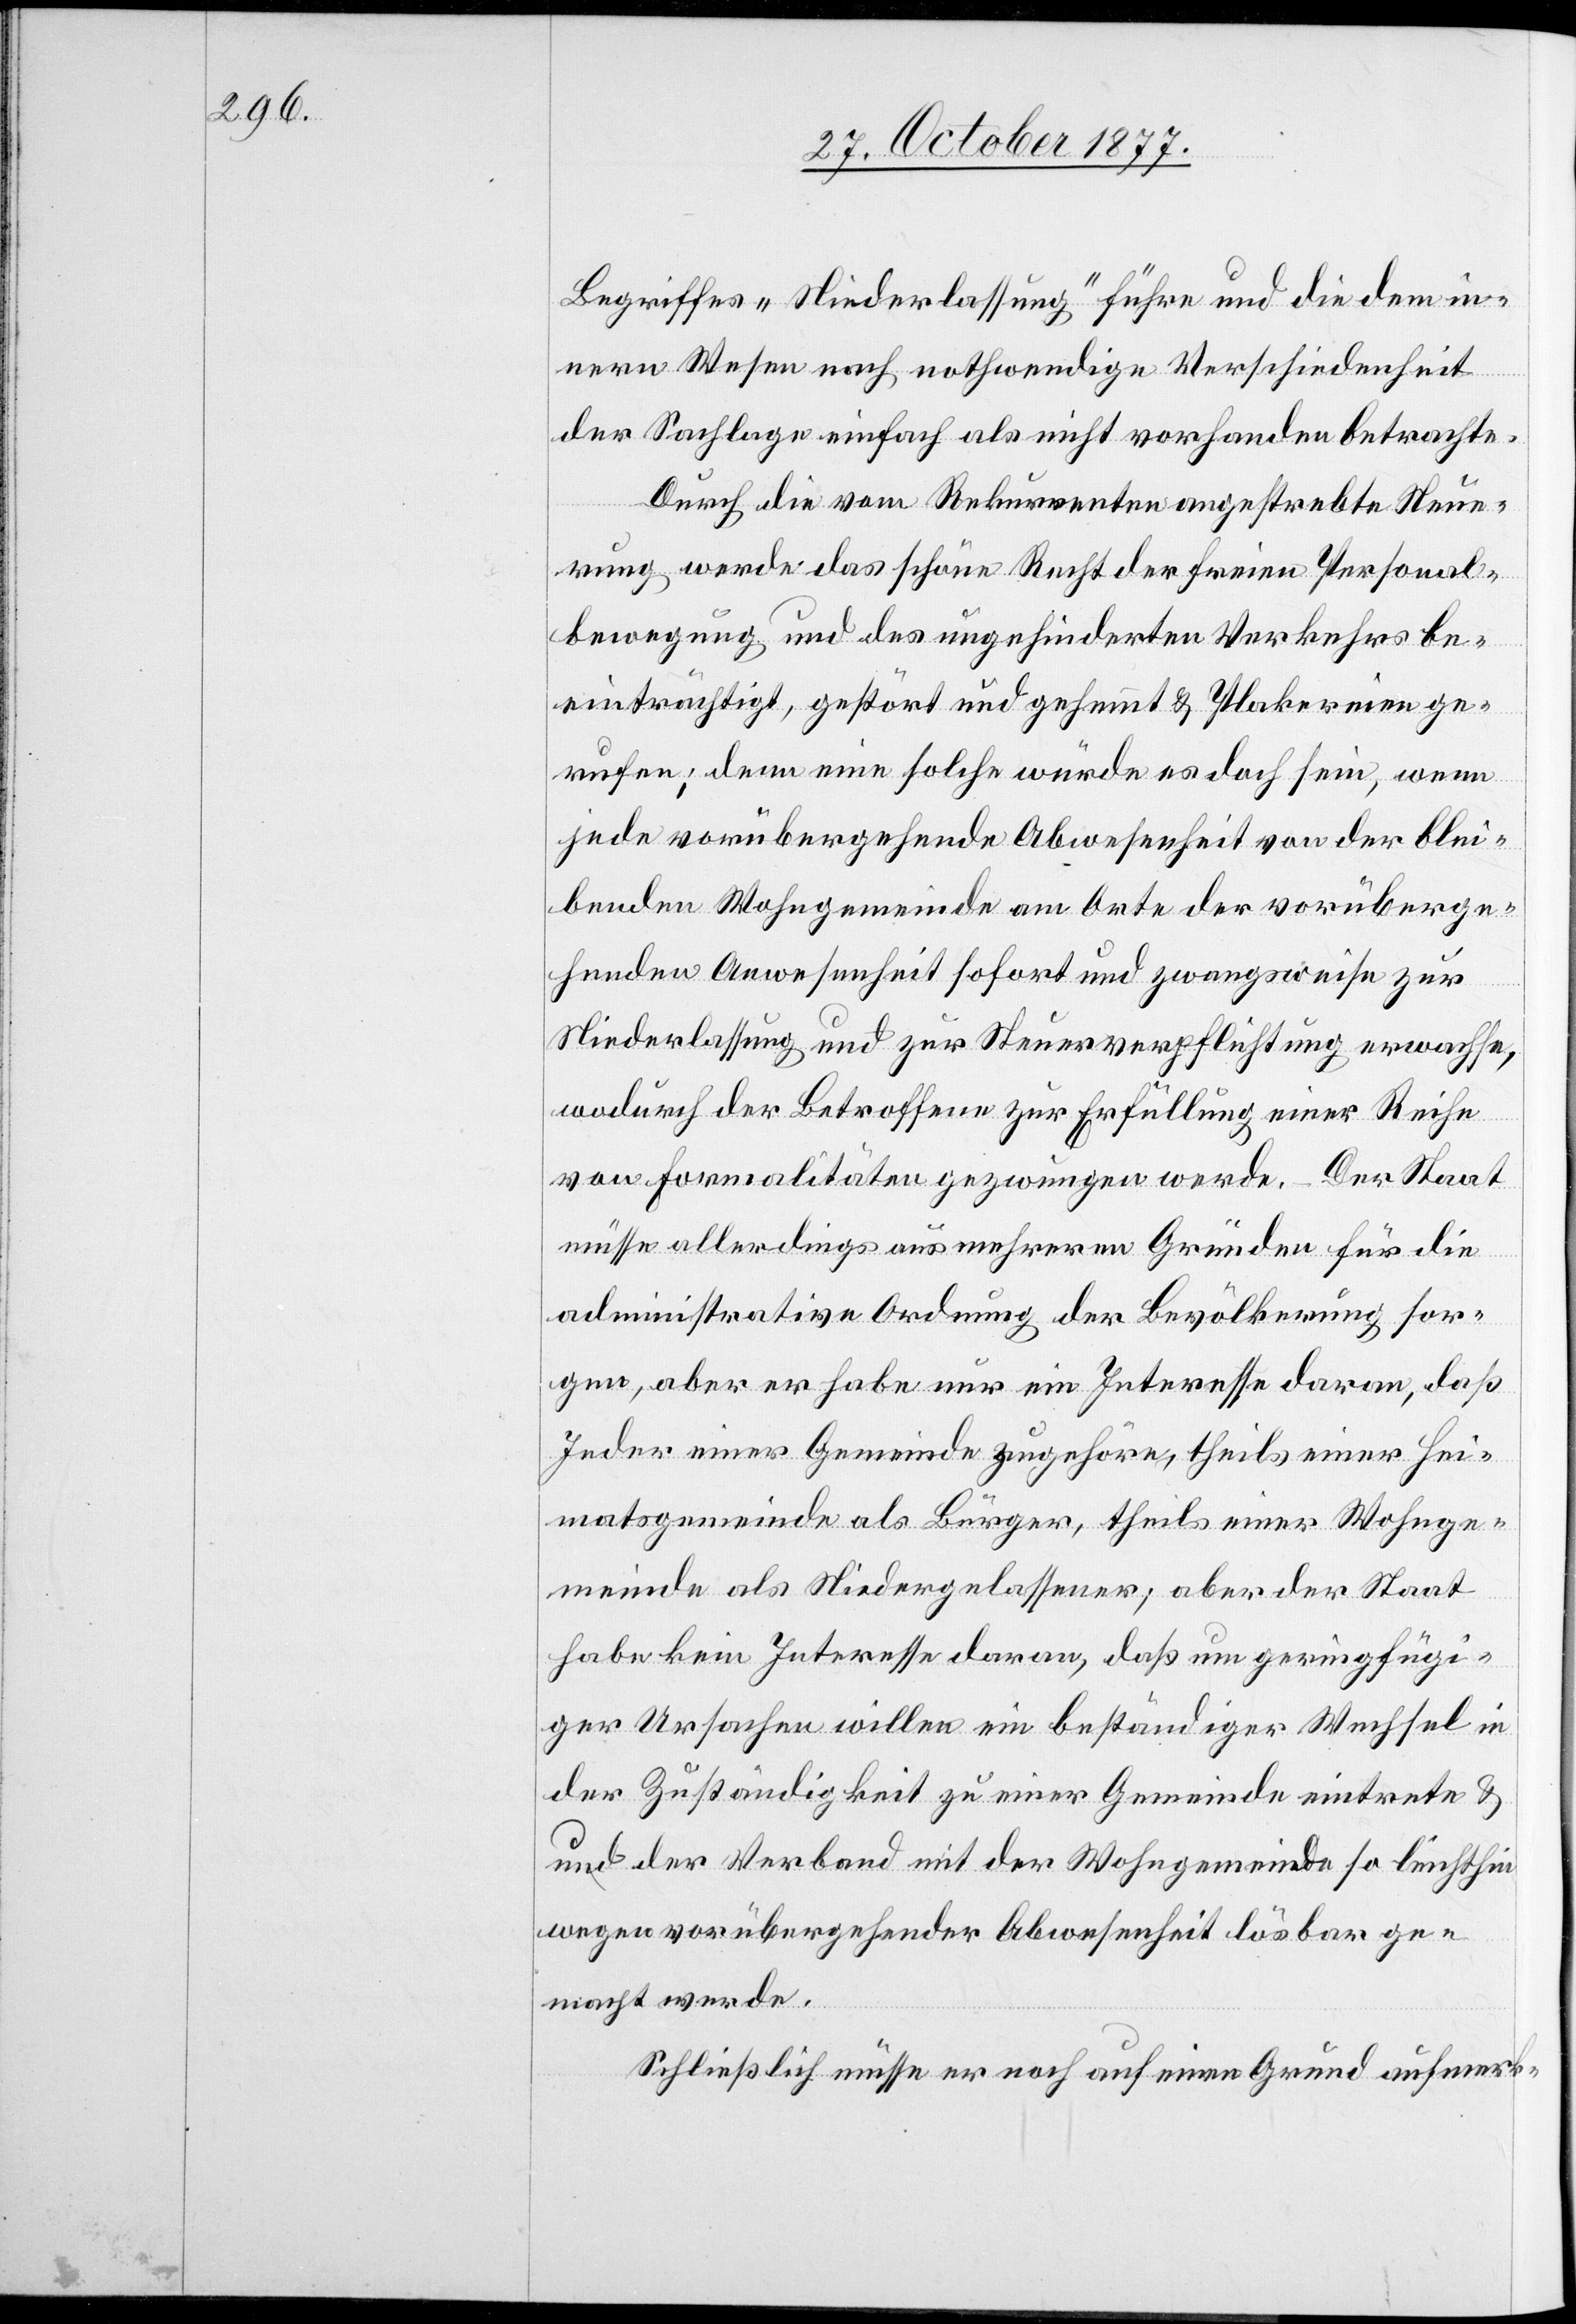
Begriffes „Niederlassung“ führe und die dem in¬
nern Wesen nach nothwendige Verschiedenheit
der Sachlage einfach als nicht vorhanden betrachte.
Durch die vom Rekurrenten angestrebte Neue¬
rung werde das schöne Recht der freien Personal¬
bewegung und des ungehinderten Verkehrs be¬
einträchtigt, gestört und gehemmt & Plakereien ge¬
rufen; denn eine solche würde es doch sein, wenn
jede vorübergehende Abwesenheit von der blei¬
benden Wohngemeinde am Orte der vorüberge¬
henden Anwesenheit sofort und zwangsweise zur
Niederlassung und zur Steuerverpflichtung erwachse,
wodurch der Betroffene zur Erfüllung einer Reihe
von Formalitäten gezwungen werde. – Der Staat
müsse allerdings aus mehreren Gründen für die
administrative Ordnung der Bevölkerung sor¬
gen, aber er habe nur ein Interesse daran, daß
Jeder einer Gemeinde zugehöre, theils einer Hei¬
matsgemeinde als Bürger, theils einer Wohnge¬
meinde als Niedergelassener; aber der Staat
habe kein Interesse daran, daß um geringfügi¬
ger Ursachen willen ein beständiger Wechsel in
der Zuständigkeit zu einer Gemeinde eintrete &
der Verband mit der Wohngemeinde so leichthin
wegen vorübergehender Abwesenheit lösbar ge¬
macht werde.
Schließlich müsse er noch auf einen Grund aufmerk-